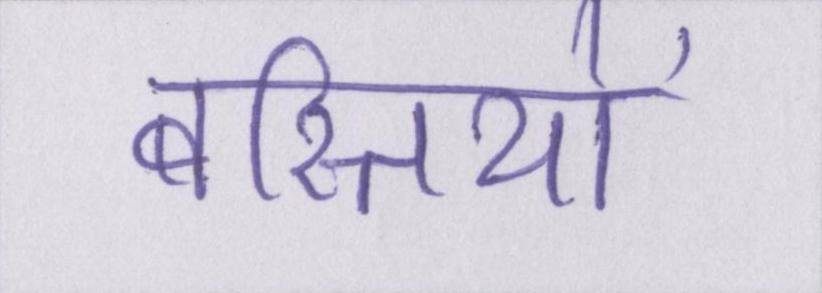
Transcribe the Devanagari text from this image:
बस्तियों